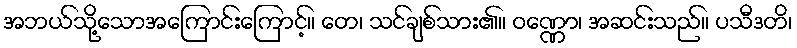
အဘယ်သို့သောအကြောင်းကြောင့်။ တေ၊ သင်ချစ်သား၏။ ဝဏ္ဏော၊ အဆင်းသည်။ ပသီဒတိ၊